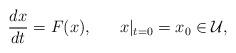
LaTeX: \begin{align*}\frac{d x}{dt} = F(x), ~~~~~ x|_{t=0} = x_{0} \in \mathcal{U},\end{align*}